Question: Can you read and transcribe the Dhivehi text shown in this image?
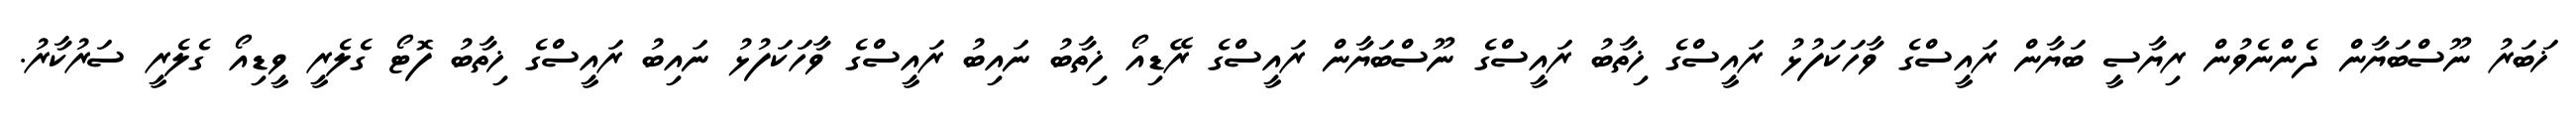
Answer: ޚަބަރު ނޫސްބަޔާން ދެންނެވުން ރިޔާސީ ބަޔާން ރައީސްގެ ވާހަކަފުޅު ރައީސްގެ ޚިތާބު ރައީސްގެ ނޫސްބަޔާން ރައީސްގެ ރޭޑިއޯ ޚިތާބު ނައިބު ރައީސްގެ ވާހަކަފުޅު ނައިބު ރައީސްގެ ޚިތާބު ފޮޓޯ ގެލެރީ ވީޑިއޯ ގެލެރީ ސަރުކާރު.